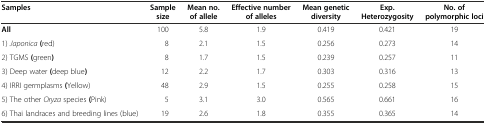
<table><thead><tr><td><b>Samples</b></td><td><b>Sample size</b></td><td><b>Mean no. of allele</b></td><td><b>Effective number of alleles</b></td><td><b>Mean genetic diversity</b></td><td><b>Exp. Heterozygosity</b></td><td><b>No. of polymorphic loci</b></td></tr></thead><tbody><tr><td><b>All</b></td><td>100</td><td>5.8</td><td>1.9</td><td>0.419</td><td>0.421</td><td>19</td></tr><tr><td>1) <i>Japonica</i><b>(</b> red)</td><td>8</td><td>2.1</td><td>1.5</td><td>0.256</td><td>0.273</td><td>14</td></tr><tr><td>2) TGMS <b>(</b> green<b>)</b></td><td>8</td><td>1.7</td><td>1.5</td><td>0.239</td><td>0.257</td><td>11</td></tr><tr><td>3) Deep water <b>(</b> deep blue<b>)</b></td><td>12</td><td>2.2</td><td>1.7</td><td>0.303</td><td>0.316</td><td>13</td></tr><tr><td>4) IRRI germplasms <b>(</b> Yellow)</td><td>48</td><td>2.9</td><td>1.5</td><td>0.255</td><td>0.258</td><td>15</td></tr><tr><td>5) The other <i>Oryza</i> species <b>(</b> Pink)</td><td>5</td><td>3.1</td><td>3.0</td><td>0.565</td><td>0.661</td><td>16</td></tr><tr><td>6) Thai landraces and breeding lines (blue)</td><td>19</td><td>2.6</td><td>1.8</td><td>0.355</td><td>0.365</td><td>14</td></tr></tbody></table>